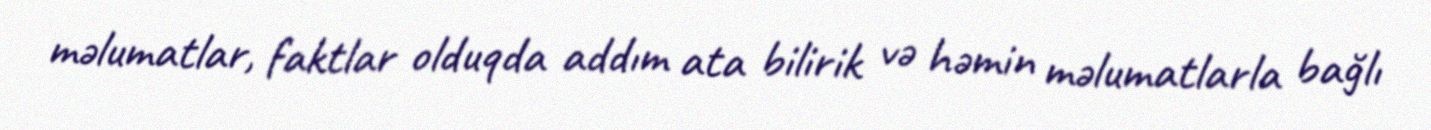
məlumatlar, faktlar olduqda addım ata bilirik və həmin məlumatlarla bağlı